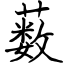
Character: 薮